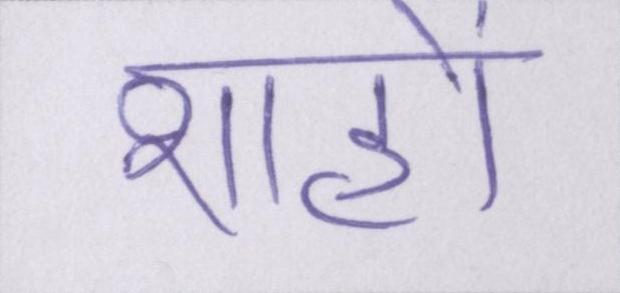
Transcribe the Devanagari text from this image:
शाहों